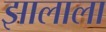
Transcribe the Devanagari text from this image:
झालाला